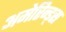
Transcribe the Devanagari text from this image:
अमेरिन्ड्स